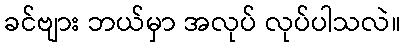
ခင်ဗျား ဘယ်မှာ အလုပ် လုပ်ပါသလဲ။